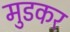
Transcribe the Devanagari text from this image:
मुडकर